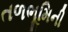
તળભૂમિની